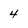
Character: 4